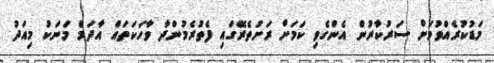
މަޑުކުރެއްވުމަށް ސަރުކާރުން އެންގެވި ކަމަށް ރަށުތެރޭގައި ފެތުރެމުންދާ ވާހަކަތައް އާދަމް މަނަކު މިއަދު